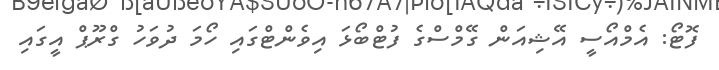
ފޮޓޯ: އެމްއޯސީ އޭޝިއަން ގޭމްސްގެ ފުޓްބޯޅަ އިވެންޓްގައި ހޯމަ ދުވަހު ގްރޫޕް އީގައި